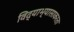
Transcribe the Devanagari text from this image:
विद्याभ्यासाकरता